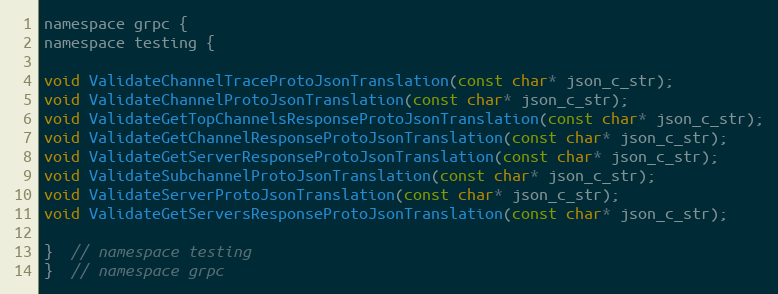
Language: C
namespace grpc {
namespace testing {

void ValidateChannelTraceProtoJsonTranslation(const char* json_c_str);
void ValidateChannelProtoJsonTranslation(const char* json_c_str);
void ValidateGetTopChannelsResponseProtoJsonTranslation(const char* json_c_str);
void ValidateGetChannelResponseProtoJsonTranslation(const char* json_c_str);
void ValidateGetServerResponseProtoJsonTranslation(const char* json_c_str);
void ValidateSubchannelProtoJsonTranslation(const char* json_c_str);
void ValidateServerProtoJsonTranslation(const char* json_c_str);
void ValidateGetServersResponseProtoJsonTranslation(const char* json_c_str);

}  // namespace testing
}  // namespace grpc